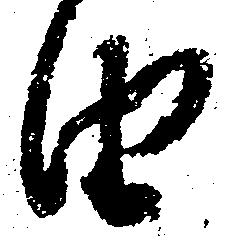
由